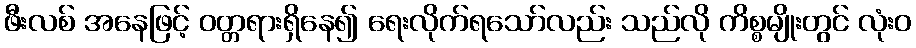
ဖီးလစ် အနေဖြင့် ဝတ္တရားရှိနေ၍ ရေးလိုက်ရသော်လည်း သည်လို ကိစ္စမျိုးတွင် လုံးဝ